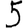
Digit: 5